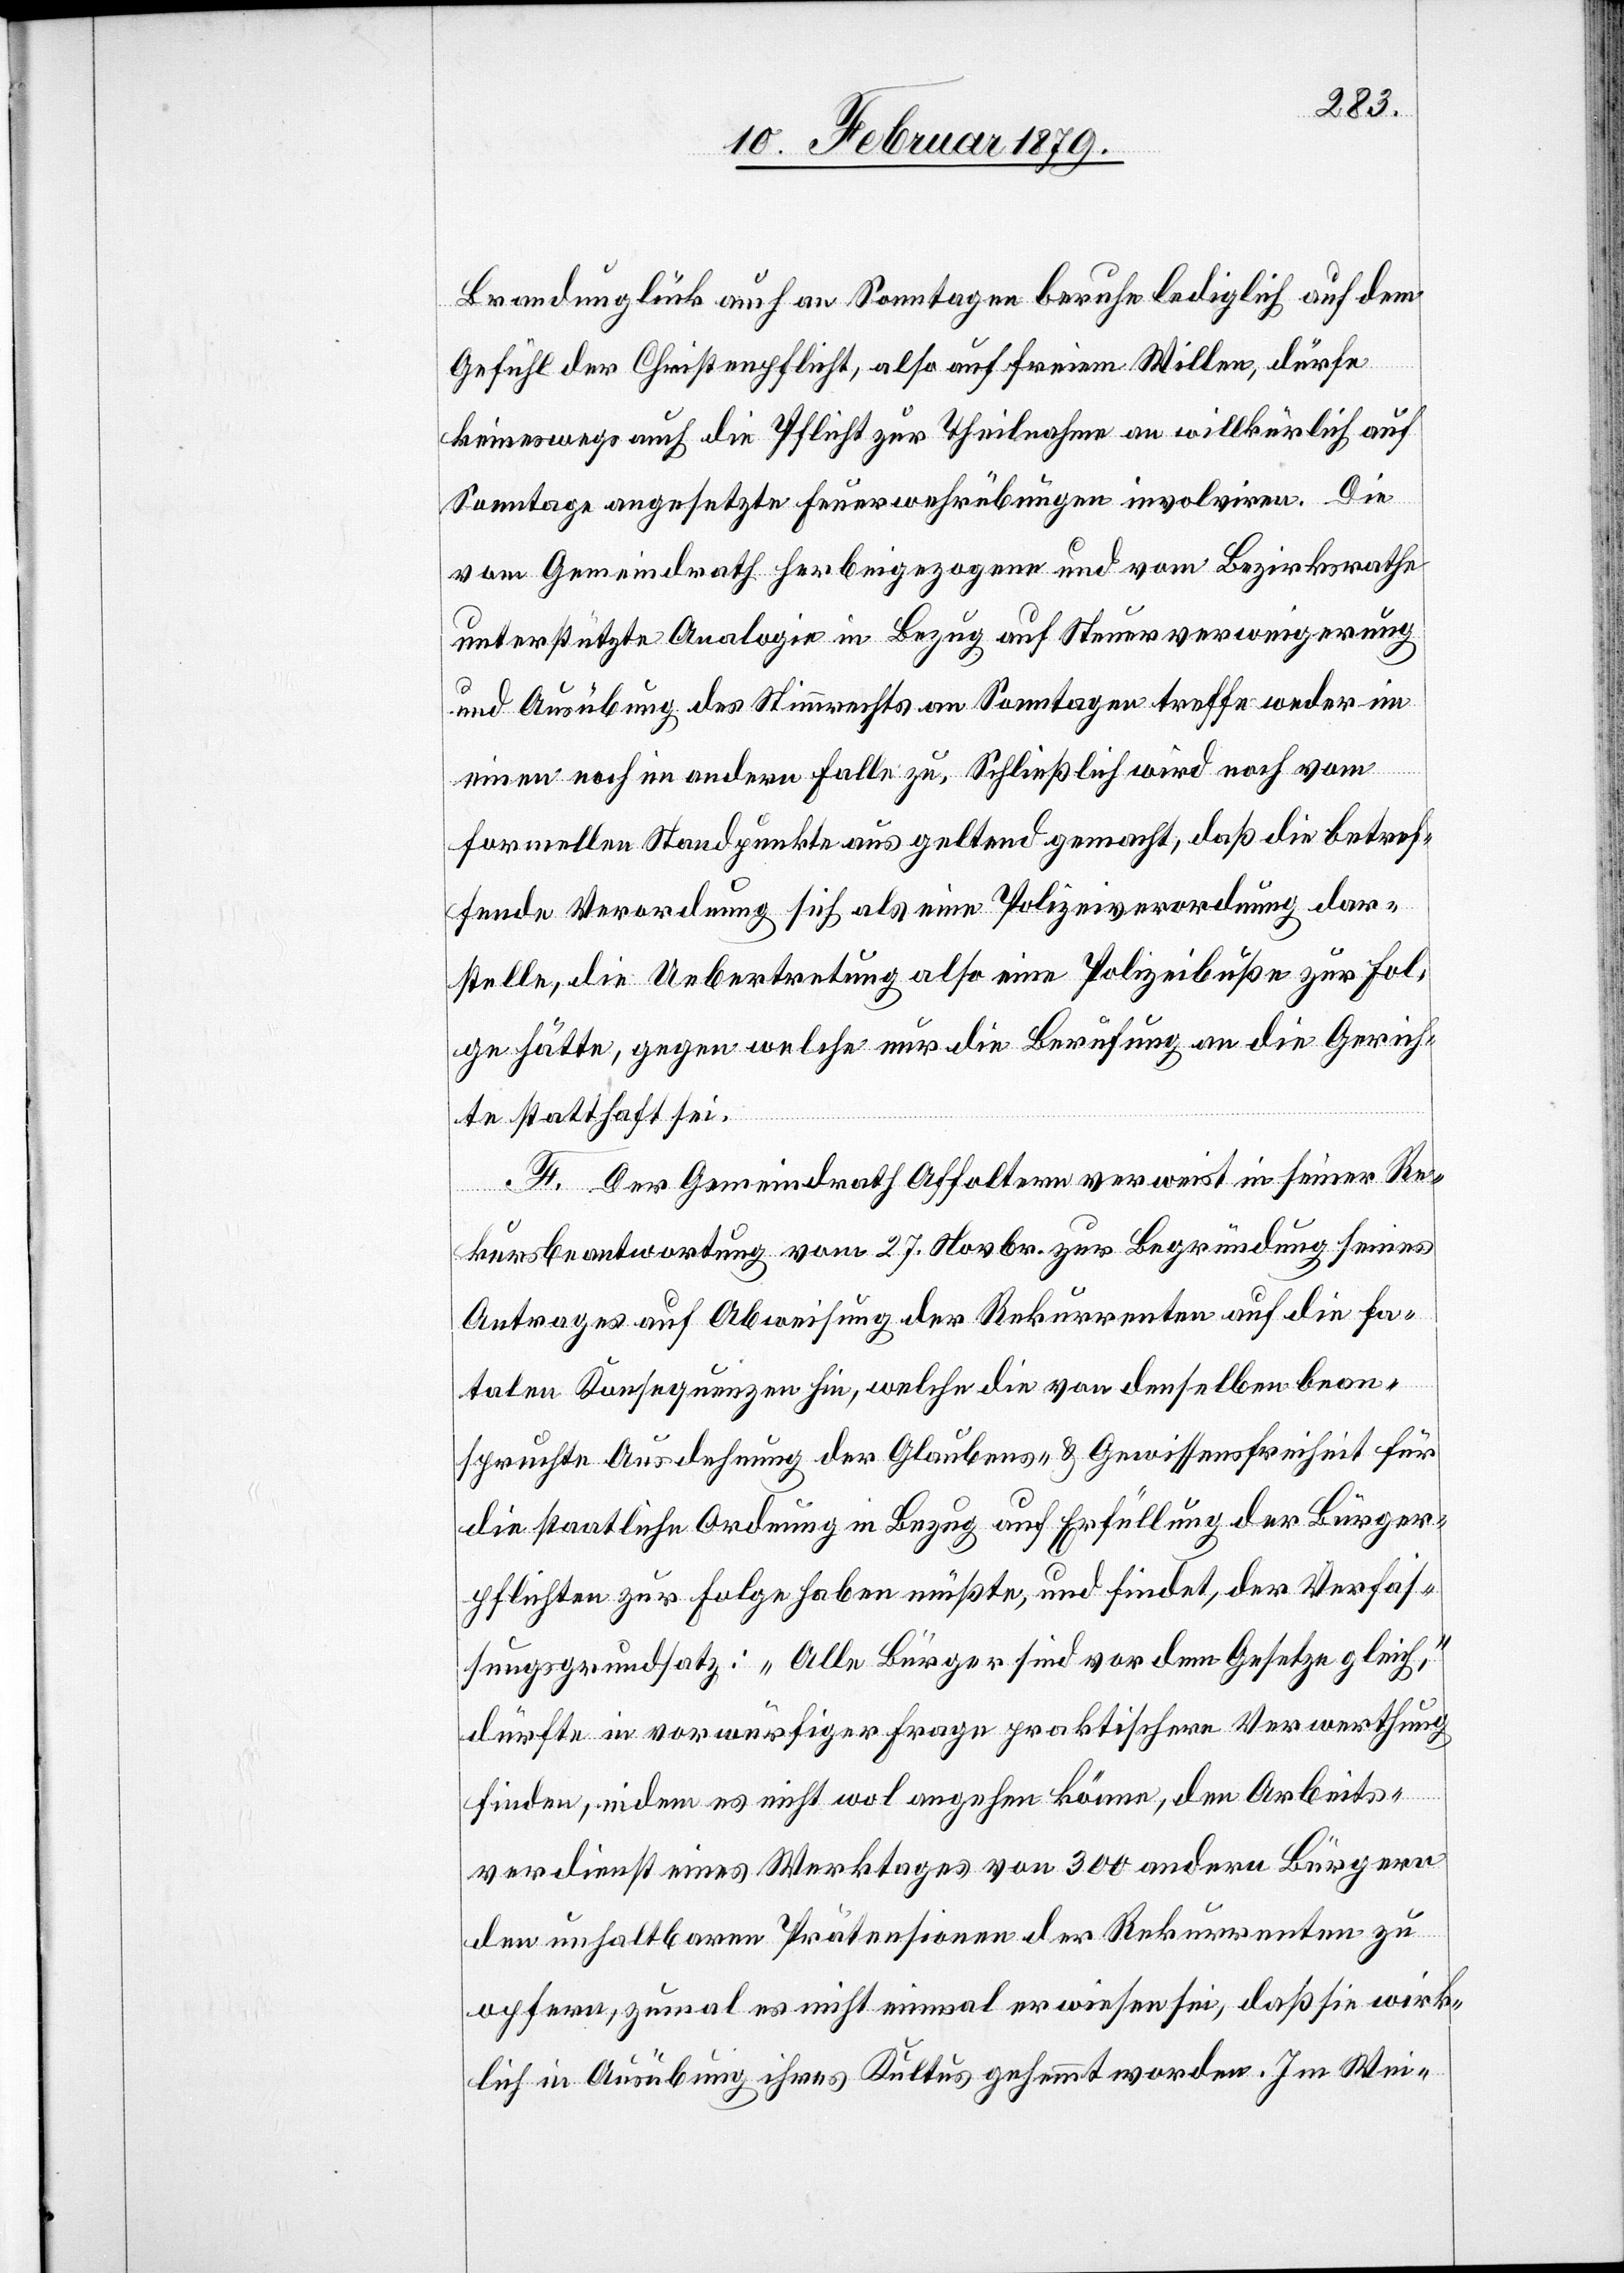
Brandunglück auch an Sonntagen beruhe lediglich auf dem
Gefühl der Christenpflicht, also auf freiem Willen, dürfe
keineswegs auch die Pflicht zur Theilnahme an willkürlich auf
Sonntage angesetzte Feuerwehrübungen involviren. Die
vom Gemeindrath herbeigezogene und vom Bezirksrathe
unterstützte Analogie in Bezug auf Steuerverweigerung
und Ausübung des Stimmrechts an Sonntagen treffe weder im
einen noch im andern Falle zu. Schließlich wird noch vom
formellen Standpunkte aus geltend gemacht, daß die betref¬
fende Verordnung sich als eine Polizeiverordnung dar¬
stelle, die Uebertretung also eine Polizeibuße zur Fol¬
ge hätte, gegen welche nur die Berufung an die Gerich¬
te statthaft sei.
F. Der Gemeindrath Affoltern verweist in seiner Re¬
Bürgern
kursbeantwortung vom 27. Novbr. zur Begründung seines
Antrages auf Abweisung der Rekurrenten auf die fa¬
talen Konsequenzen hin, welche die von denselben bean¬
spruchte Ausdehnung der Glaubens- & Gewissensfreiheit für
die staatliche Ordnung in Bezug auf Erfüllung der Bürger¬
pflichten zur Folge haben müßte, und findet, der Verfas¬
sungsgrundsatz: „Alle Bürger sind vor dem Gesetze gleich“,
dürfte in vorwürfiger Frage praktischere Verwerthung
finden, indem es nicht wol angehen könne, dem Arbeits¬
den unhaltbaren Prätensionen der Rekurrenten zu
opfern, zumal es nicht einmal erwiesen sei, daß sie wirk¬
lich in Ausübung ihres Kultus gehemmt worden. Im Wei-